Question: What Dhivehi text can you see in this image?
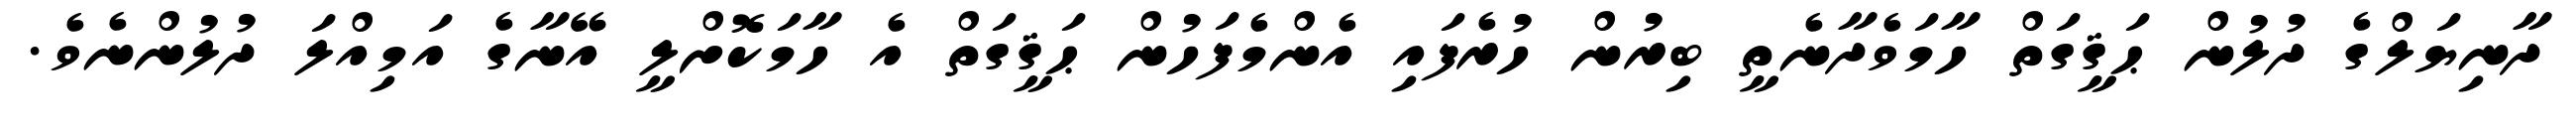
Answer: ދާނިޔަލްގެ ދުލުން ޙަޤީގަތް ހާމަވެދާނެތީ ބިރުން ހުރެފައި އެންމެފަހުން ޙަޤީގަތް އެ ހާމަކޮށްލީ އޭނާގެ އަމިއްލަ ދުލުންނެވެ.